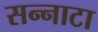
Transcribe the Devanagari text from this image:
सन्‍नाटा